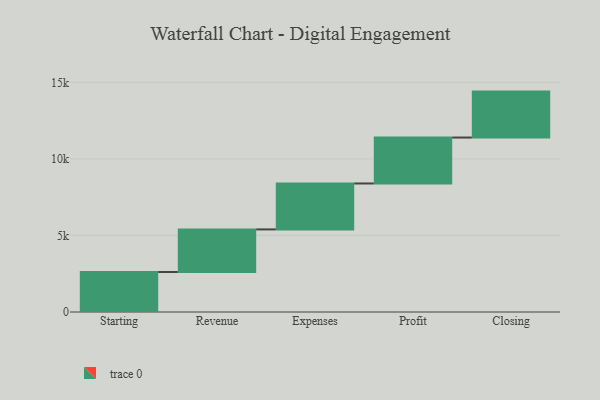
{"axis": {"x": "Step", "y": "Value"}, "legend": [""], "data": [{"x": "Starting", "y": 2612.0, "type": ""}, {"x": "Revenue", "y": 2782.0, "type": ""}, {"x": "Expenses", "y": 3000, "type": ""}, {"x": "Profit", "y": 3000, "type": ""}, {"x": "Closing", "y": 3000, "type": ""}]}